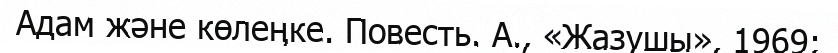
Адам және көлеңке. Повесть. А., «Жазушы», 1969;